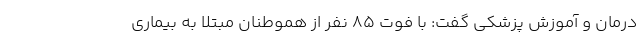
درمان و آموزش پزشکی گفت: با فوت ۸۵ نفر از هموطنان مبتلا به بیماری